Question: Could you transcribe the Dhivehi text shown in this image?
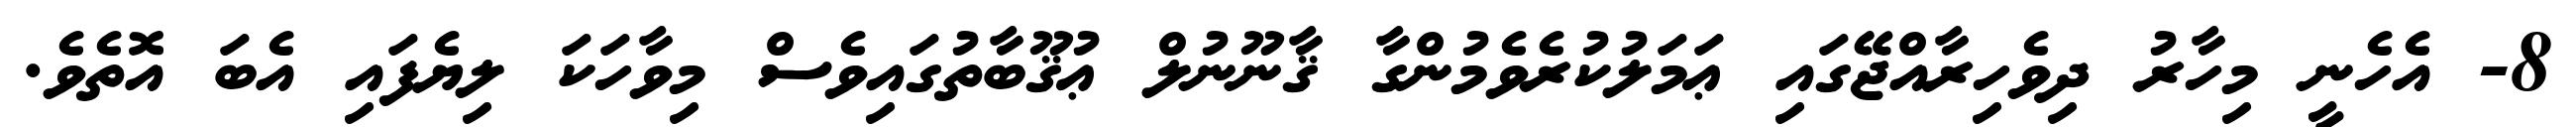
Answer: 8- އެހެނީ މިހާރު ދިވެހިރާއްޖޭގައި ޢަމަލުކުރެވެމުންގާ ޤާނޫނުލް ޢުޤޫބާތުގައިވެސް މިވާހަކަ ލިޔެފައި އެބަ އޮތެވެ.